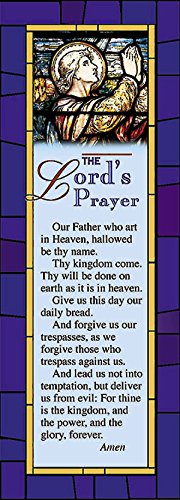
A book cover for The Lord's Prayer Bookmark (Package of 25); Christian Books & Bibles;